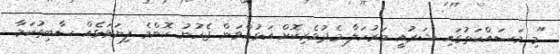
"މި މަސައްކަތުގައި ޝަރުއީ މަރުހަލާ މެދުވެރިކޮށް އަޅުއްވަން ޖެހުނު ކޮންމެ ފިޔަވަޅެއް ސާބިތުކަމާ